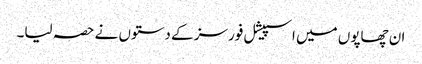
ان چھاپوں میں اسپیشل فورسز کے دستوں نے حصہ لیا۔